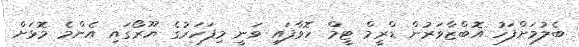
ބެލުމަށްފަހު އޮބްޒާވަރުން ޑްރީމް ޓީމް ހޮވާފައި ވަނީ މިފަހަރުގެ ޔޫރޯގައި އެންމެ މޮޅަށް